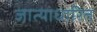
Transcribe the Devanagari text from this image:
जात्याधारित